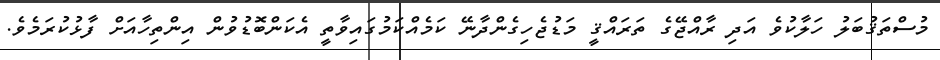
މުސްތަޤުބަލު ހަލާކުވެ އަދި ރާއްޖޭގެ ތަރައްޤީ މަޑުޖެހިގެންދާނޭ ކަމެއްކަމުގައިވާތީ އެކަންބޮޑުވުން އިންތިހާއަށް ފާޅުކުރަމެވެ.